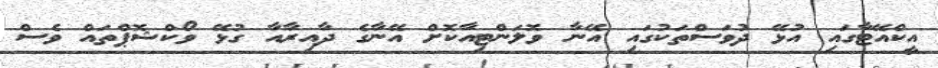
އީކްއޭޓާގައި އުޅޭ ދުވަސްތަކުގައި އޭނާ ވޮލަންޓިއާކޮށް އޭނާގެ ދާއިރާއާ ގުޅޭ ވޯކްޝޮޕްތައް ވެސް